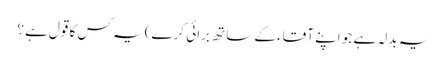
یہ بدلہ ہے جو اپنے آقاء کے ساتھ برائی کرے) یہ کس کا قول ہے؟